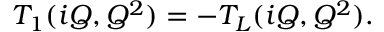
T _ { 1 } ( i Q , Q ^ { 2 } ) = - T _ { L } ( i Q , Q ^ { 2 } ) .